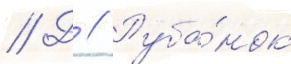
// Д // Руба́нок